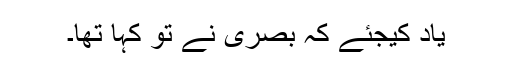
یاد کیجئے کہ بصری نے تو کہا تھا۔